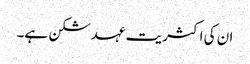
ان کی اکثریت عہد شکن ہے۔